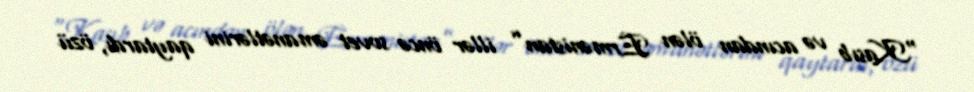
“Kasıb və acından ölən Ermənistan” illər öncə sovet əmanətlərini qaytardı, özü